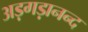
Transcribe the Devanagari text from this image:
अड़गड़ानन्द